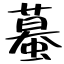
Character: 蟇